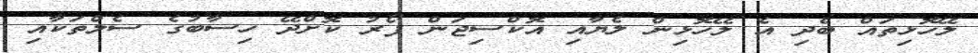
ލޭހޮޅިތައް ބެދި އެ ލޭހޮޅިން ލެޔާއި އޮކްސިޖަން ފޯރު ކޮށްދޭ ހިސާބުގެ ސެލްތަކާއި